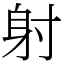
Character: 射